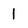
Character: 1